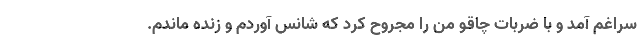
سراغم آمد و با ضربات چاقو من را مجروح کرد که شانس آوردم و زنده ماندم.